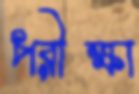
পরীক্ষা